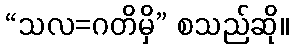
“သလ=ဂတိမှိ” စသည်ဆို။